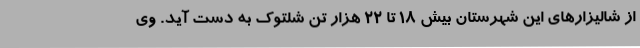
از شالیزارهای این شهرستان بیش 18 تا 22 هزار تن شلتوک به دست آید. وی